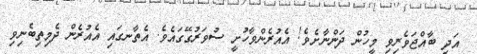
އަދި ބާއްޖަވެރިވި މީހުން ދަންނާށެވެ! އެއުރެންވާހުށީ ސުވަރުގޭގައެވެ. އެތާނގައި އެއުރެން ދެމިތިބެނިވި